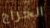
الجراج